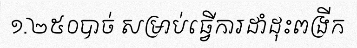
១.២៥០បាច់ សម្រាប់ធ្វើការដាំដុះពង្រីក